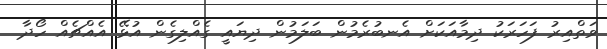
ވަތްއިރު ފަހަރަކު ދިމާއަކަށް އެނބުރެމުން ބަލަމުން ދިޔައީ ގެއްލިގެން އުޅޭ އެއްޗެއް ހޯދާ